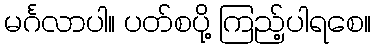
မင်္ဂလာပါ။ ပတ်စပို့ ကြည့်ပါရစေ။